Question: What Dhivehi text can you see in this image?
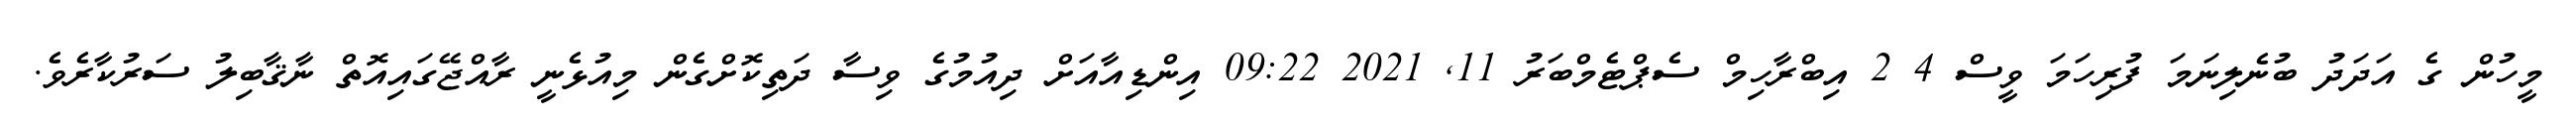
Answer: މީހުން ގެ އަދަދު ބުނެލިނަމަ ފުރިހަމަ ވީސް 4 2 އިބްރާހިމް ސެޕްޓެމްބަރު 11, 2021 09:22 އިންޑިއާއަށް ދިއުމުގެ ވިސާ ދަތިކޮށްގެން މިއުޅެނީ ރާއްޖޭގައިއޮތް ނާޤާބިލު ސަރުކާރެވެ.